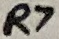
Text: R7